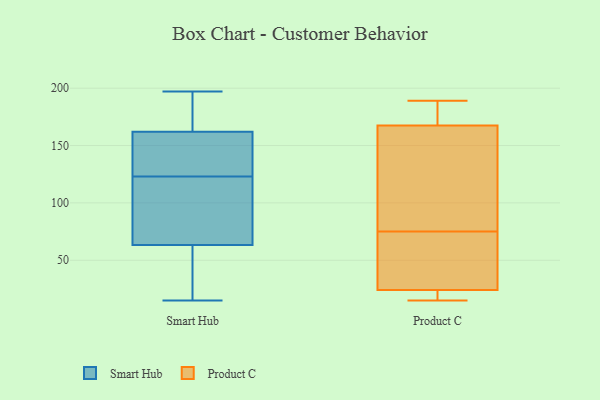
{"axis": {"x": "Headcount", "y": "Value"}, "legend": ["Product C", "Smart Hub"], "data": [{"x": "", "y": 58, "type": "Smart Hub"}, {"x": "", "y": 166, "type": "Smart Hub"}, {"x": "", "y": 79, "type": "Smart Hub"}, {"x": "", "y": 197, "type": "Smart Hub"}, {"x": "", "y": 15, "type": "Smart Hub"}, {"x": "", "y": 146, "type": "Smart Hub"}, {"x": "", "y": 133, "type": "Smart Hub"}, {"x": "", "y": 58, "type": "Smart Hub"}, {"x": "", "y": 59, "type": "Smart Hub"}, {"x": "", "y": 196, "type": "Smart Hub"}, {"x": "", "y": 70, "type": "Smart Hub"}, {"x": "", "y": 61, "type": "Smart Hub"}, {"x": "", "y": 182, "type": "Smart Hub"}, {"x": "", "y": 77, "type": "Smart Hub"}, {"x": "", "y": 123, "type": "Smart Hub"}, {"x": "", "y": 150, "type": "Smart Hub"}, {"x": "", "y": 182, "type": "Smart Hub"}, {"x": "", "y": 146, "type": "Smart Hub"}, {"x": "", "y": 94, "type": "Smart Hub"}, {"x": "", "y": 75, "type": "Product C"}, {"x": "", "y": 22, "type": "Product C"}, {"x": "", "y": 83, "type": "Product C"}, {"x": "", "y": 176, "type": "Product C"}, {"x": "", "y": 142, "type": "Product C"}, {"x": "", "y": 30, "type": "Product C"}, {"x": "", "y": 21, "type": "Product C"}, {"x": "", "y": 178, "type": "Product C"}, {"x": "", "y": 60, "type": "Product C"}, {"x": "", "y": 15, "type": "Product C"}, {"x": "", "y": 189, "type": "Product C"}]}